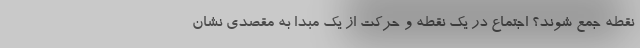
نقطه جمع شوند؟ اجتماع در یک نقطه و حرکت از یک مبدا به مقصدی نشان